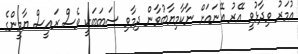
އުމަރު ވިދާޅުވީ އޭރު އޭނައަށް ނާކާމިޔާބުވާން ދިމާވި ސަބަބަކީ ވެސް ރައީސް ޔާމީންގެ